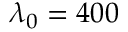
\lambda _ { 0 } = 4 0 0